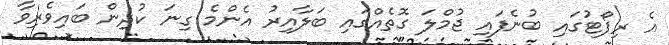
އެ ރިޕޯޓުގައި ބުނެފައި ޖުމްލަ ގޮތެއްގައި ބަލާއިރު އެންމެ ގިނަ ކުދިން ބައިވެރިވާ